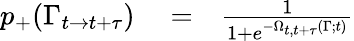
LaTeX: \begin{array}{rlr}{p_{+}(\Gamma_{t\rightarrow t+\tau})}&{{}=}&{\frac{1}{1+e^{-\Omega_{t,t+\tau}(\Gamma;t)}}}\end{array}